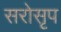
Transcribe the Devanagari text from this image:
सरोसृप